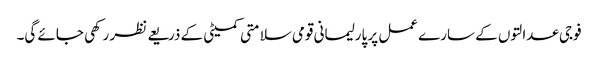
فوجی عدالتوں کے سارے عمل پر پارلیمانی قومی سلامتی کمیٹی کے ذریعے نظر رکھی جائے گی۔